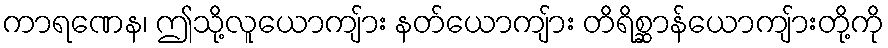
ကာရဏေန၊ ဤသို့လူယောကျ်ား နတ်ယောကျ်ား တိရိစ္ဆာန်ယောကျ်ားတို့ကို